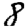
Digit: 8